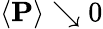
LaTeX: \langle\mathbf{P}\rangle\searrow 0